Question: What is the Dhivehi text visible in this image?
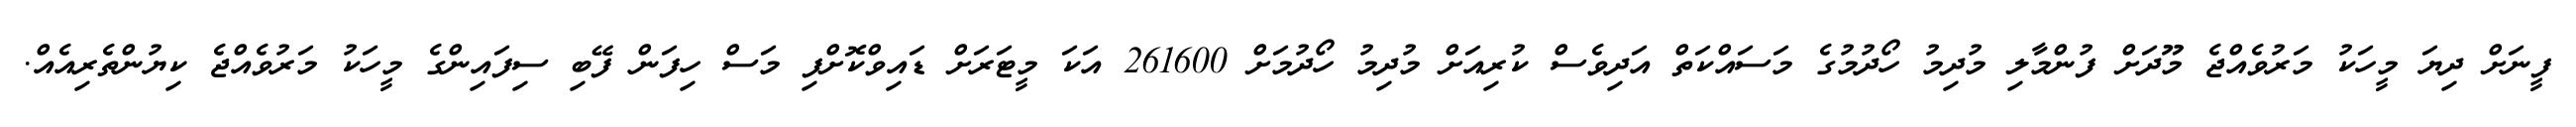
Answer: ފީނަށް ދިޔަ މީހަކު މަރުވެއްޖެ މޫދަށް ފުންމާލި މުދިމު ހޯދުމުގެ މަސައްކަތް އަދިވެސް ކުރިއަށް މުދިމު ހޯދުމަށް 261600 އަކަ މީޓަރަށް ޑައިވްކޮށްފި މަސް ހިފަން ފޭބި ސިފައިންގެ މީހަކު މަރުވެއްޖެ ކިޔުންތެރިއެއް.